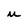
Character: u